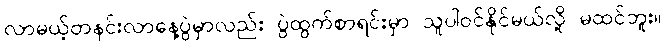
လာမယ့်တနင်းလာနေ့ပွဲမှာလည်း ပွဲထွက်စာရင်းမှာ သူပါဝင်နိုင်မယ်လို့ မထင်ဘူး။